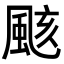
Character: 𮨫